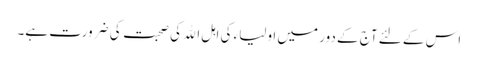
اس کے لئے آج کے دور میں اولیاء کی اہل اﷲ کی صحبت کی ضرورت ہے۔